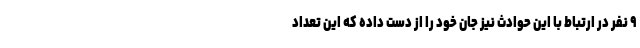
۹ نفر در ارتباط با این حوادث نیز جان خود را از دست داده که این تعداد